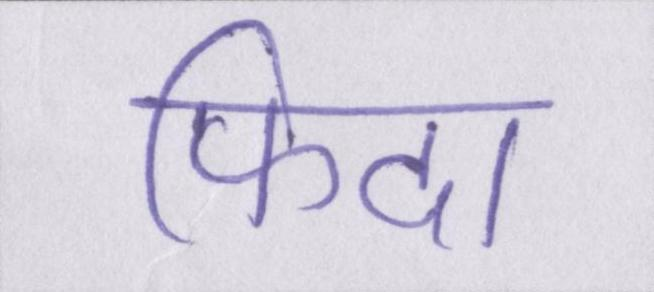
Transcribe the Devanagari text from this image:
फिदा